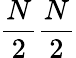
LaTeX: \frac{N}{2}\frac{N}{2}